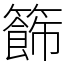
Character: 籂